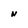
Character: N